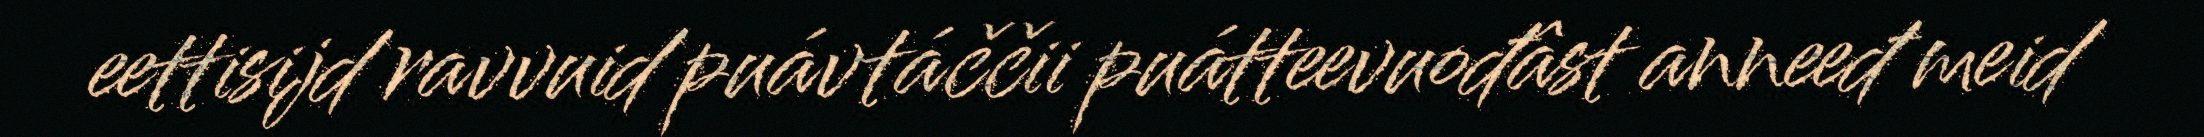
eettisijd ravvuid puávtáččii puátteevuođâst anneeđ meid